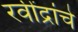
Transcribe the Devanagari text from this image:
रवींद्रांचे